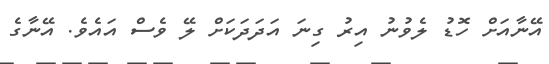
އޭނާއަށް ހޮޑު ލެވުނު އިރު ގިނަ އަދަދަކަށް ލޭ ވެސް އައެވެ. އޭނާގެ